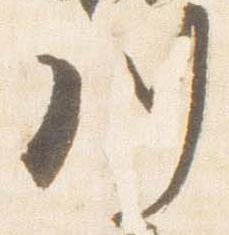
川